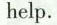
help.